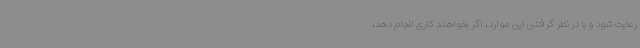
رعایت شود و با در نظر گرفتن این موارد، اگر بخواهند کاری انجام دهد،